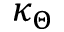
\kappa _ { \Theta }